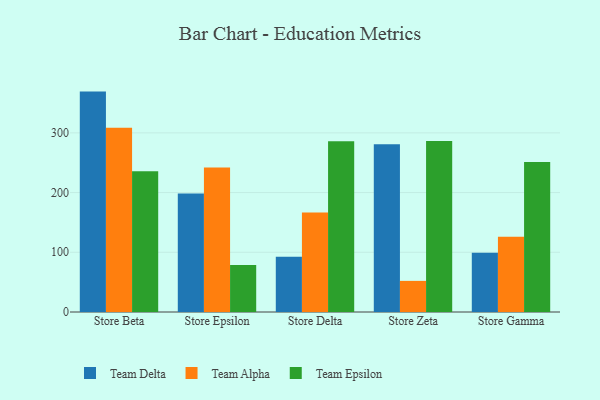
{"axis": {"x": "Store", "y": "Humidity (%)"}, "legend": ["Team Alpha", "Team Delta", "Team Epsilon"], "data": [{"x": "Store Beta", "y": 369.1, "type": "Team Delta"}, {"x": "Store Beta", "y": 308.4, "type": "Team Alpha"}, {"x": "Store Beta", "y": 235.6, "type": "Team Epsilon"}, {"x": "Store Epsilon", "y": 198.6, "type": "Team Delta"}, {"x": "Store Epsilon", "y": 242.0, "type": "Team Alpha"}, {"x": "Store Epsilon", "y": 78.7, "type": "Team Epsilon"}, {"x": "Store Delta", "y": 92.6, "type": "Team Delta"}, {"x": "Store Delta", "y": 166.5, "type": "Team Alpha"}, {"x": "Store Delta", "y": 285.8, "type": "Team Epsilon"}, {"x": "Store Zeta", "y": 281.1, "type": "Team Delta"}, {"x": "Store Zeta", "y": 52.1, "type": "Team Alpha"}, {"x": "Store Zeta", "y": 286.2, "type": "Team Epsilon"}, {"x": "Store Gamma", "y": 99.3, "type": "Team Delta"}, {"x": "Store Gamma", "y": 126.0, "type": "Team Alpha"}, {"x": "Store Gamma", "y": 251.4, "type": "Team Epsilon"}]}